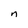
Character: n